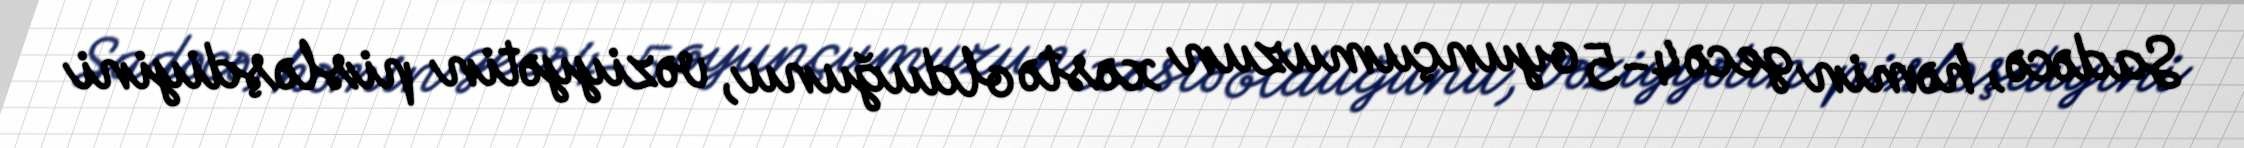
Sadəcə, həmin gecə 4-5 oyunçumuzun xəstə olduğunu, vəziyyətin pisləşdiyini